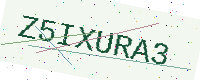
Text: Z5IXURA3